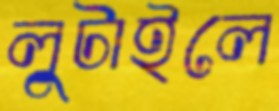
লুটাইলে